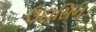
ઉદાસિન